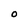
Character: O